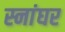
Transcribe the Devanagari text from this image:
स्नांघर